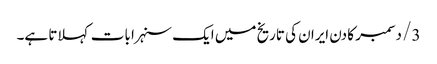
3/ دسمبر کا دن ایران کی تاریخ میں ایک سنہرا بات کہلاتا ہے۔